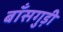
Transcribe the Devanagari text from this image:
बाँसगुड़ी